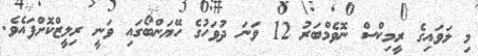
މި ލަވައިގެ ރީމިކްސް ނޮވެމްބަރު 12 ވަނަ ދުވަހުގެ ހޭޔަންބޯގައި ވަނީ ރިލީޒްކޮށްފައެވެ.